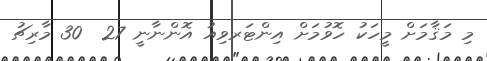
މި މަޤާމަށް މީހަކު ހޮވުމަށް އިންޓަރވިއު އޮންނާނީ 27  30 މާރިޗު